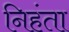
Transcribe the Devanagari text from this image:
निहंता